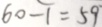
6 0 - 1 = 5 9